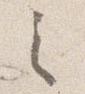
之